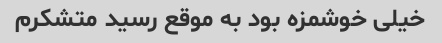
خیلی خوشمزه بود به موقع رسید متشکرم